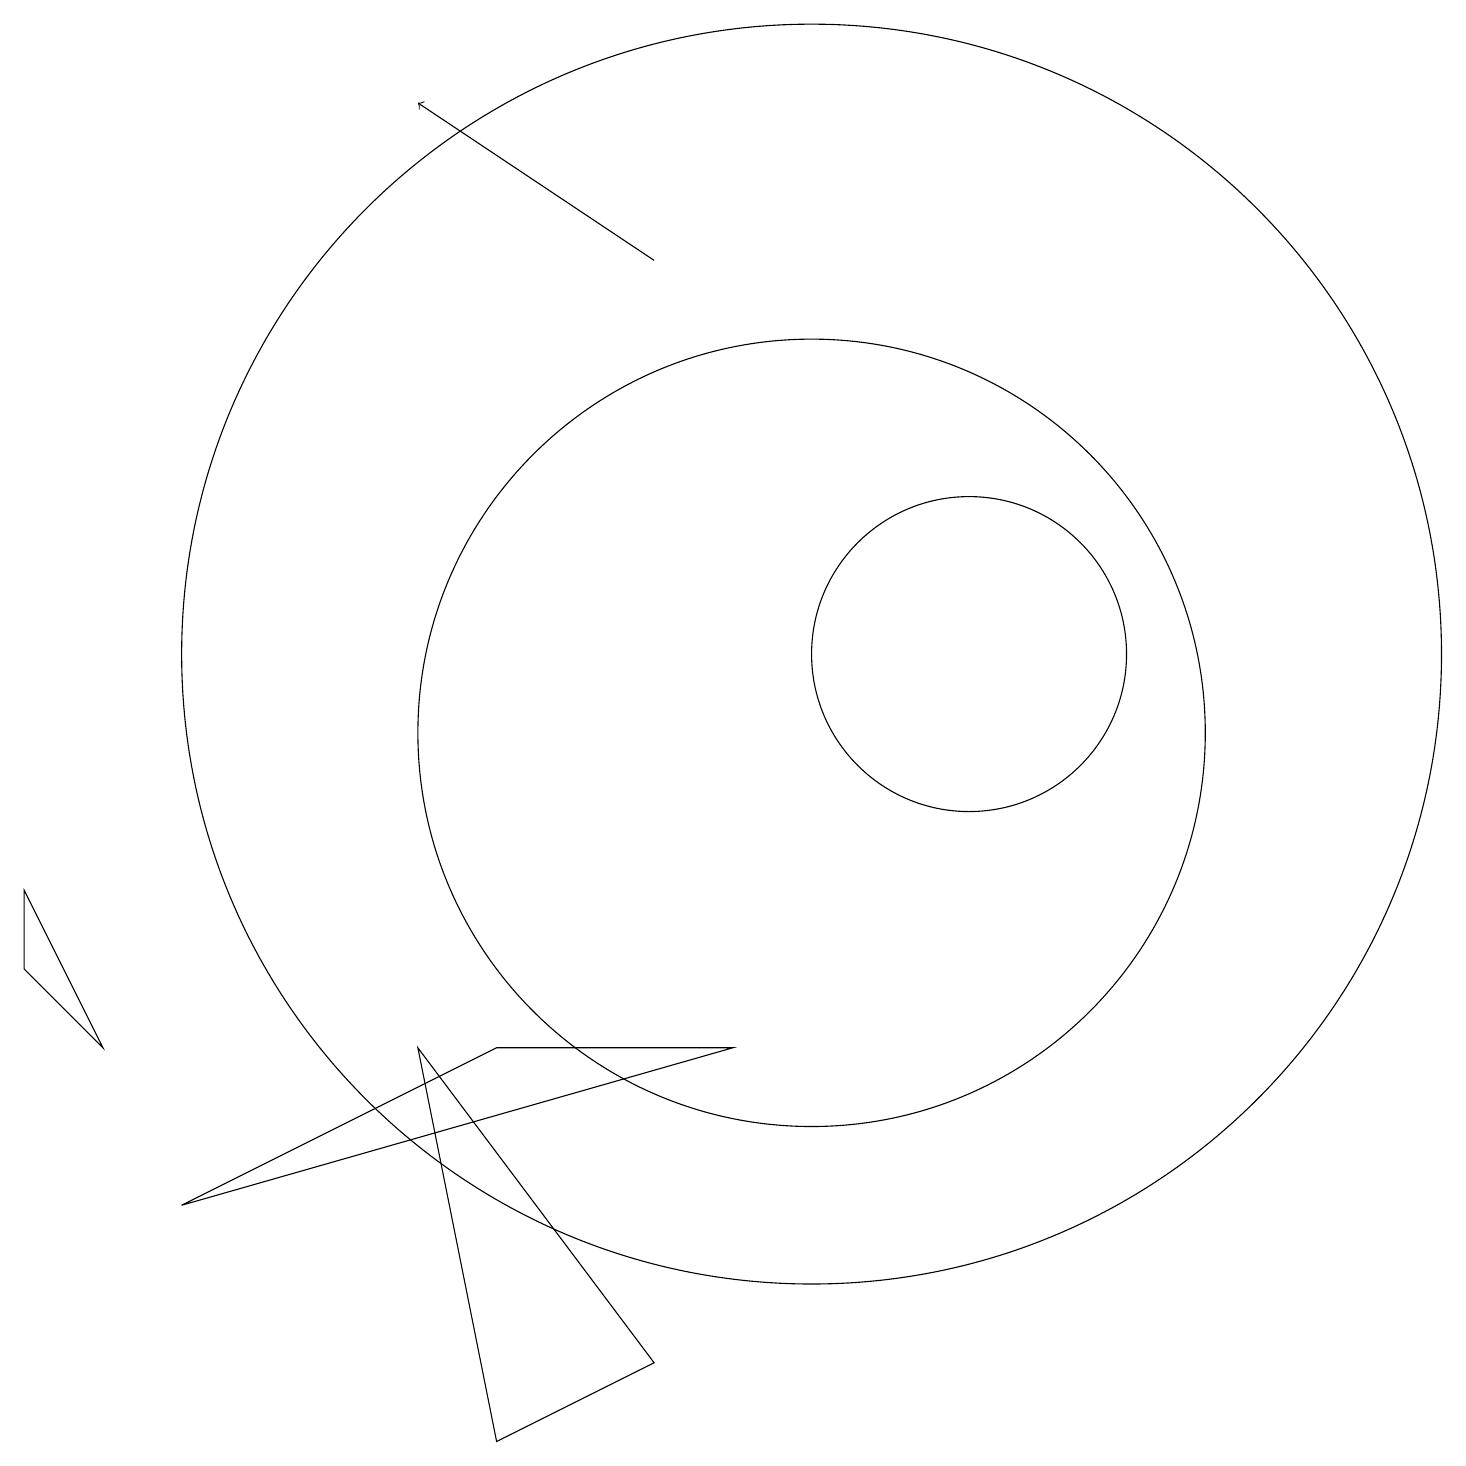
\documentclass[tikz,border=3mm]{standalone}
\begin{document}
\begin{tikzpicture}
\draw[->] (8,16) -- (5,18);
\draw (10,11) circle (8);
\draw (1,6) -- (0,8) -- (0,7) -- cycle;
\draw (2,4) -- (9,6) -- (6,6) -- cycle;
\draw (12,11) circle (2);
\draw (10,10) circle (5);
\draw (6,1) -- (5,6) -- (8,2) -- cycle;
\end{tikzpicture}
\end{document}